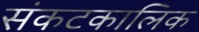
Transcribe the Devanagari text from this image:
संकटकालिक